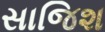
સાજિશ